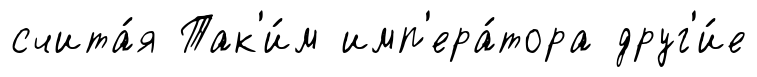
счита́я Так'и́м имп'ера́тора друг'и́е